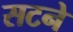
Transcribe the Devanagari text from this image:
सटने